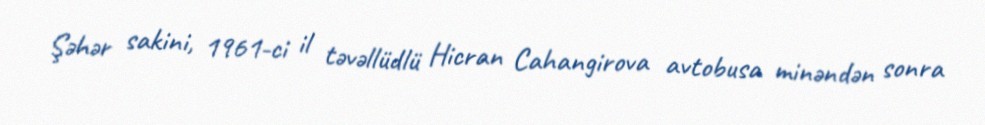
Şəhər sakini, 1961-ci il təvəllüdlü Hicran Cahangirova avtobusa minəndən sonra